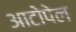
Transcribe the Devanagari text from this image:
आटोपेल